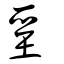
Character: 堊